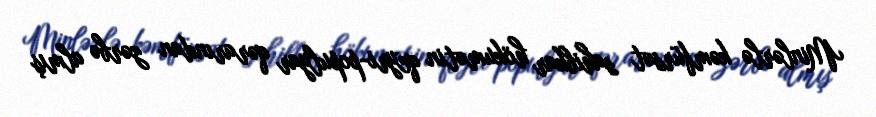
Minlərlə kəmfürsət sahibkar hökumətin qeyri-populyar qərarından zərbə almış